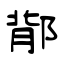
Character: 鄁